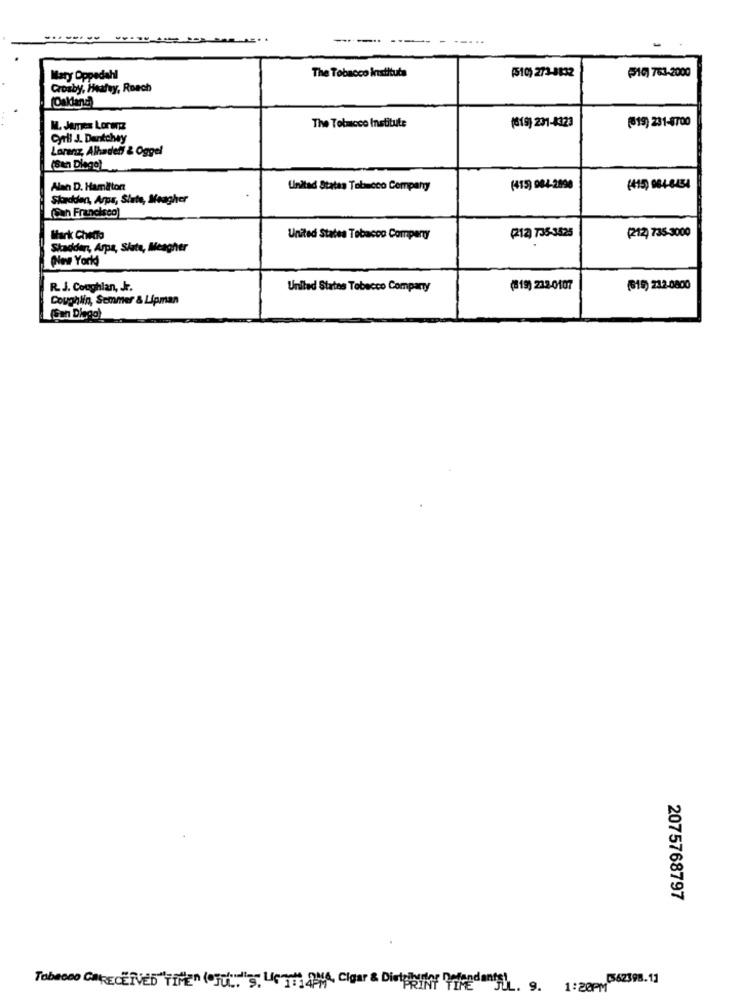
---..
The Tobacco Instituts
(510) 273-8832
Mary Oppedahl
510) 763-2000
Crosby, Healty, Roach
(Oakland)
The Tobacco Institute
(519) 231-8700
M. James Lorane
(619) 231-4323
Cyril J. Dentchay
Lorenz, Alhadedi & Oggel
(San Diego)
Alan D. Hamilton
United States Tobacco Company
(415) 984-2890
(415) 084-634
Skadden, Arpa, Siate, Meagher
(San Francisco)
Mark Chetto
United States Tobacco Company
(212) 735-3525
(212) 735-3000
Skadden, Arpa, Slate, Meagher
(New Yorkd
R. J. Coughlan, Jr.
United States Tobacco Company
(19) 232-0107
(18) 232-0800
Coughlin, Semmer & Lipman
(San Diego)
2075768797
1:20PM 662-98.11